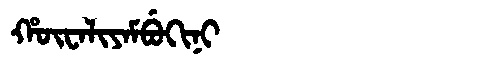
Manchu: ᡥᡡᠸᠠᠯᡳᠶᠠᠮᠪᡠᡴᡳᠨᡳ
Romanization: HŪWALIYAMBUKINI